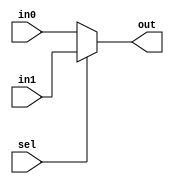
module mux_2to1(out, in0, in1, sel);  //module of mux from two to one
  parameter N = 4;
  output [N-1:0] out;
  input [N-1:0] in0;
  input [N-1:0] in1;
  input sel;
  
  assign out = sel ? in1 : in0; //selection logic
endmodule